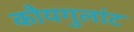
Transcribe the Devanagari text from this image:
कौयगुलांट